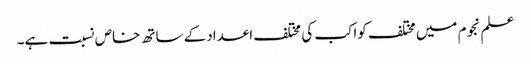
علم نجوم میں مختلف کواکب کی مختلف اعدادکے ساتھ خاص نسبت ہے۔